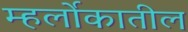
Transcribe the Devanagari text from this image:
म्हर्लोकातील